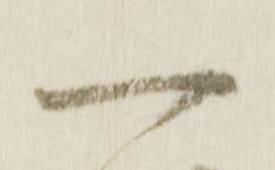
一